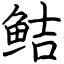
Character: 鲒